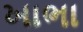
ખાભા